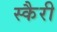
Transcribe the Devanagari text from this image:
स्कैरी